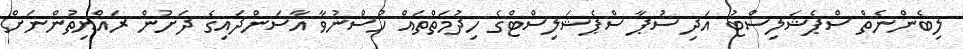
ލިބެންނެތް ސްޕެޝަލިސްޓު އަދި ސުޕާ ސްޕެޝަލިސްޓްގެ ހިދުމަތްތައް ހުސްނުވާ އާސަންދައިގެ ދަށުން ރައްޔިތުންނަށް